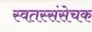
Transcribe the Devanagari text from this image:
स्वतस्संसेचक